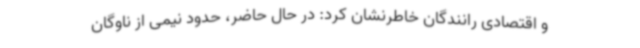
و اقتصادی رانندگان خاطرنشان کرد: در حال حاضر، حدود نیمی از ناوگان